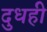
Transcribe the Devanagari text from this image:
दुधही